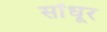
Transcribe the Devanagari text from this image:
सोंधूर